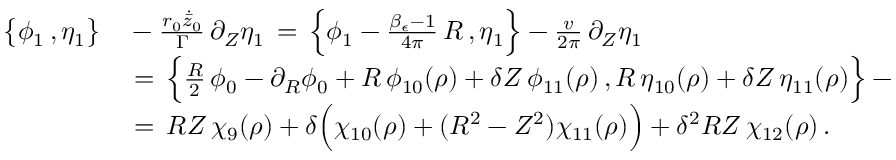
\begin{array} { r l } { \bigl \{ \phi _ { 1 } \, , \eta _ { 1 } \bigr \} } & { { } - \frac { r _ { 0 } \dot { \bar { z } } _ { 0 } } { \Gamma } \, \partial _ { Z } \eta _ { 1 } \, = \, \Bigl \{ \phi _ { 1 } - \frac { \beta _ { \epsilon } - 1 } { 4 \pi } \, R \, , \eta _ { 1 } \Bigr \} - \frac { v } { 2 \pi } \, \partial _ { Z } \eta _ { 1 } } \\ { \, } & { { } = \, \Bigl \{ \frac { R } { 2 } \, \phi _ { 0 } - \partial _ { R } \phi _ { 0 } + R \, \phi _ { 1 0 } ( \rho ) + \delta Z \, \phi _ { 1 1 } ( \rho ) \, , R \, \eta _ { 1 0 } ( \rho ) + \delta Z \, \eta _ { 1 1 } ( \rho ) \Bigr \} - \frac { v } { 2 \pi } \, \partial _ { Z } \eta _ { 1 } } \\ { \, } & { { } = \, R Z \, \chi _ { 9 } ( \rho ) + \delta \Bigl ( \chi _ { 1 0 } ( \rho ) + ( R ^ { 2 } - Z ^ { 2 } ) \chi _ { 1 1 } ( \rho ) \Bigr ) + \delta ^ { 2 } R Z \, \chi _ { 1 2 } ( \rho ) \, . } \end{array}